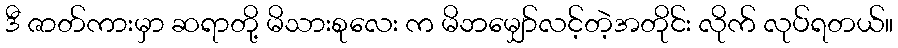
ဒီ ဇာတ်ကားမှာ ဆရာတို့ မိသားစုလေး က မိဘမျှော်လင့်တဲ့အတိုင်း လိုက် လုပ်ရတယ်။